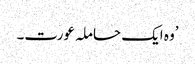
’وہ ایک حاملہ عورت۔